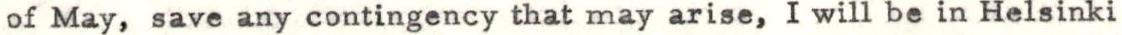
of May, save any contingency that may arise, I will be in Helsinki